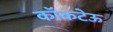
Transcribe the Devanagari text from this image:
कॉकटेऊ